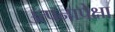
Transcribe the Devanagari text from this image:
उत्पनापेक्षा